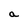
Character: a